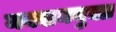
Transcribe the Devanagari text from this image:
मक्खनयुक्त